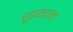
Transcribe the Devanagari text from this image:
रुहाकाना